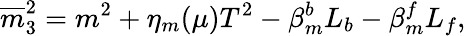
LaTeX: \overline{{{m}}}_{3}^{2}=m^{2}+\eta_{m}(\mu)T^{2}-\beta_{m}^{b}L_{b}-\beta_{m}^{f}L_{f},